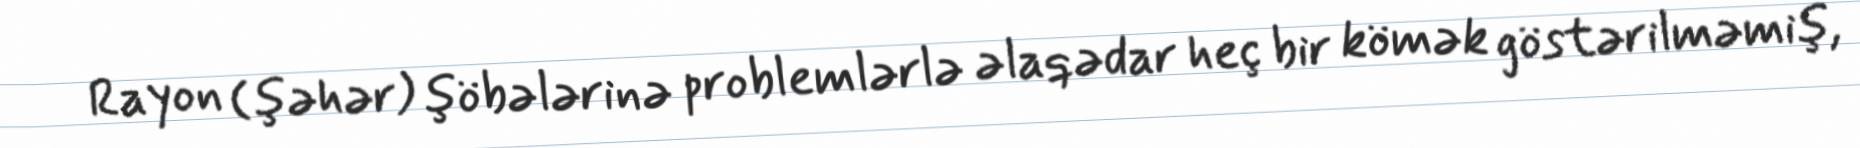
Rayon (şəhər) şöbələrinə problemlərlə əlaqədar heç bir kömək göstərilməmiş,